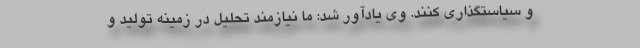
و سیاستگذاری کنند. وی یادآور شد: ما نیازمند تحلیل در زمینه تولید و